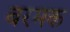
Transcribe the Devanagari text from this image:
बरमक